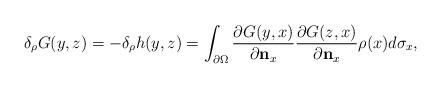
LaTeX: \begin{align*}\delta_\rho G(y,z)=-\delta_\rho h(y,z)=\int_{\partial \Omega}\frac{\partial G(y,x)}{\partial \mathbf{n}_x}\frac{\partial G(z,x)}{\partial \mathbf{n}_x}\rho(x)d\sigma_x,\end{align*}